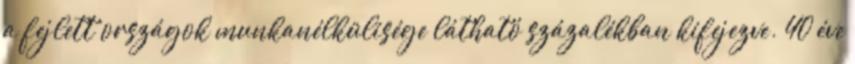
a fejlett országok munkanélkülisége látható százalékban kifejezve. 40 éve